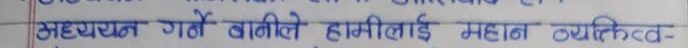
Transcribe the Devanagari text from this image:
सहायता गर्ने बानीले हामीलाई महान व्यक्तित्व-